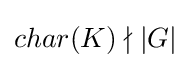
char(K)\nmid |G|